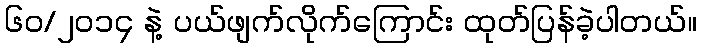
၆၀/၂၀၁၄ နဲ့ ပယ်ဖျက်လိုက်ကြောင်း ထုတ်ပြန်ခဲ့ပါတယ်။